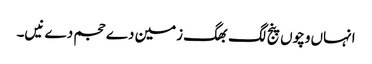
انہاں وچو‏ں پنج لگ بھگ زمین دے حجم دے نیں۔